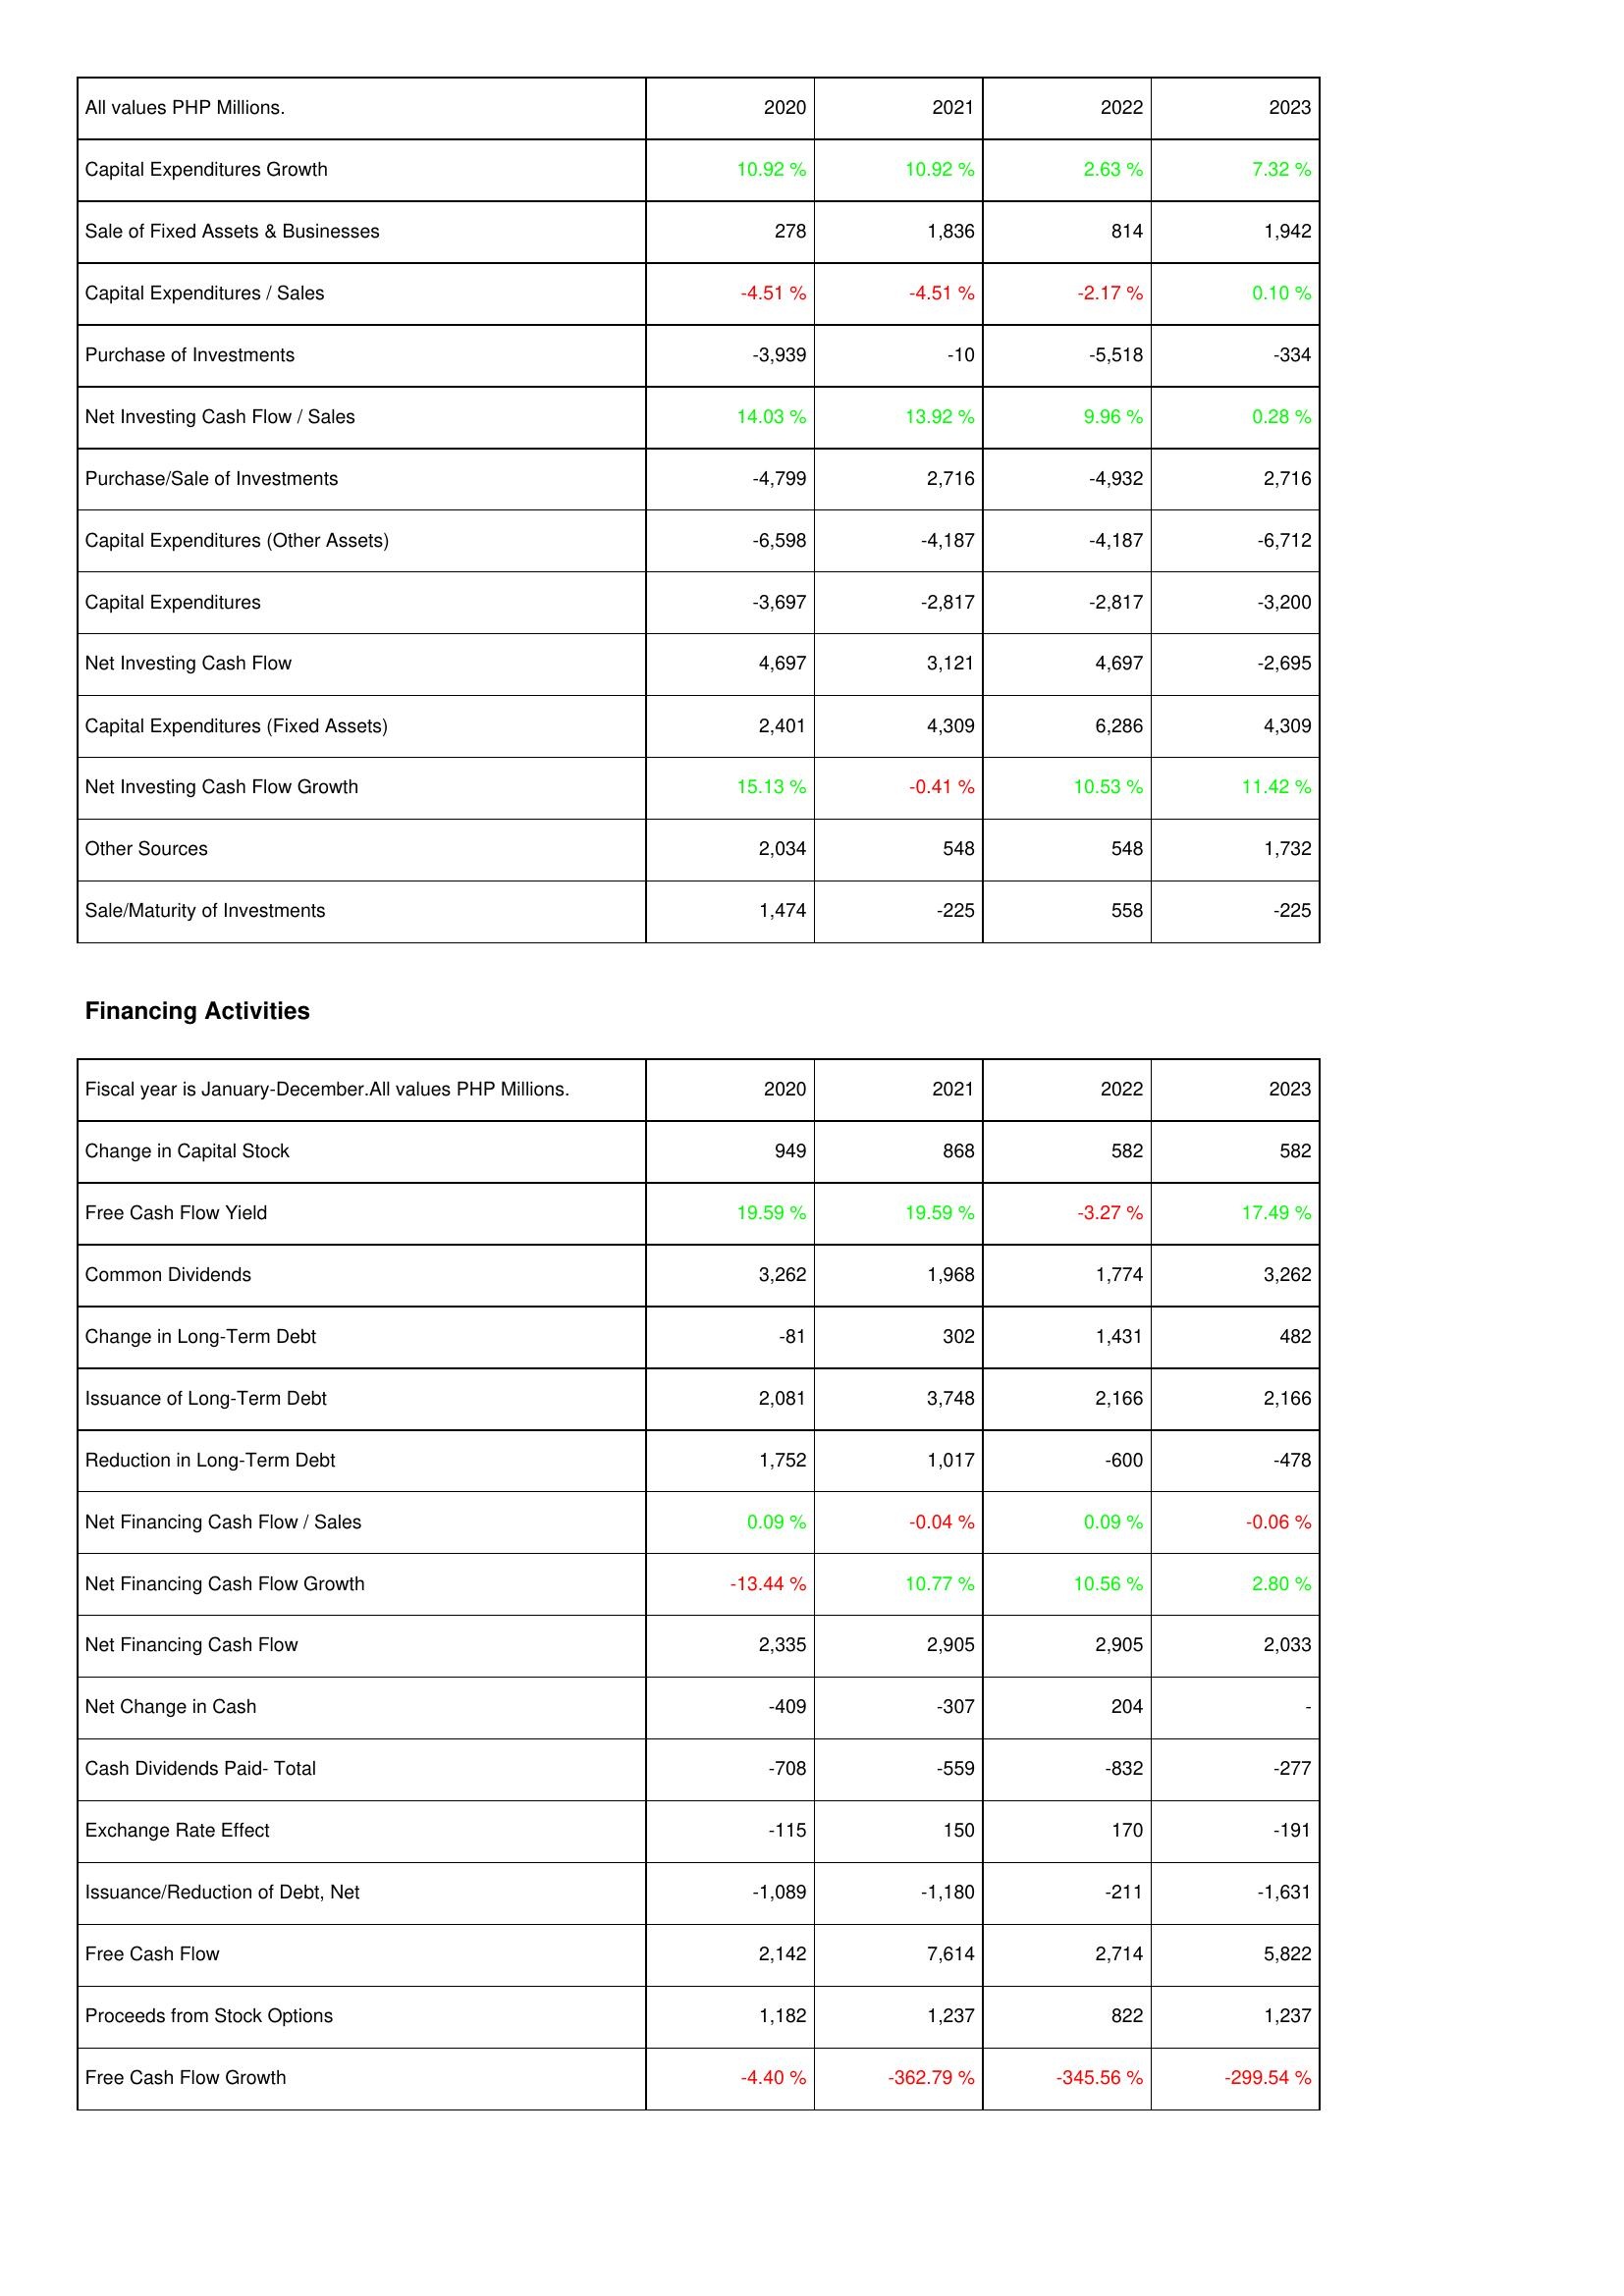
2020: Investing Activities: Capital Expenditures Growth: 10.92 %
Sale of Fixed Assets & Businesses: 278
Capital Expenditures / Sales: -4.51 %
Purchase of Investments: -3,939
Net Investing Cash Flow / Sales: 14.03 %
Purchase/Sale of Investments: -4,799
Capital Expenditures (Other Assets): -6,598
Capital Expenditures: -3,697
Net Investing Cash Flow: 4,697
Capital Expenditures (Fixed Assets): 2,401
Net Investing Cash Flow Growth: 15.13 %
Other Sources: 2,034
Sale/Maturity of Investments: 1,474
Financing Activities: Change in Capital Stock: 949
Free Cash Flow Yield: 19.59 %
Common Dividends: 3,262
Change in Long-Term Debt: -81
Issuance of Long-Term Debt: 2,081
Reduction in Long-Term Debt: 1,752
Net Financing Cash Flow / Sales: 0.09 %
Net Financing Cash Flow Growth: -13.44 %
Net Financing Cash Flow: 2,335
Net Change in Cash: -409
Cash Dividends Paid- Total: -708
Exchange Rate Effect: -115
Issuance/Reduction of Debt, Net: -1,089
Free Cash Flow: 2,142
Proceeds from Stock Options: 1,182
Free Cash Flow Growth: -4.40 %
2021: Investing Activities: Capital Expenditures Growth: 10.92 %
Sale of Fixed Assets & Businesses: 1,836
Capital Expenditures / Sales: -4.51 %
Purchase of Investments: -10
Net Investing Cash Flow / Sales: 13.92 %
Purchase/Sale of Investments: 2,716
Capital Expenditures (Other Assets): -4,187
Capital Expenditures: -2,817
Net Investing Cash Flow: 3,121
Capital Expenditures (Fixed Assets): 4,309
Net Investing Cash Flow Growth: -0.41 %
Other Sources: 548
Sale/Maturity of Investments: -225
Financing Activities: Change in Capital Stock: 868
Free Cash Flow Yield: 19.59 %
Common Dividends: 1,968
Change in Long-Term Debt: 302
Issuance of Long-Term Debt: 3,748
Reduction in Long-Term Debt: 1,017
Net Financing Cash Flow / Sales: -0.04 %
Net Financing Cash Flow Growth: 10.77 %
Net Financing Cash Flow: 2,905
Net Change in Cash: -307
Cash Dividends Paid- Total: -559
Exchange Rate Effect: 150
Issuance/Reduction of Debt, Net: -1,180
Free Cash Flow: 7,614
Proceeds from Stock Options: 1,237
Free Cash Flow Growth: -362.79 %
2022: Investing Activities: Capital Expenditures Growth: 2.63 %
Sale of Fixed Assets & Businesses: 814
Capital Expenditures / Sales: -2.17 %
Purchase of Investments: -5,518
Net Investing Cash Flow / Sales: 9.96 %
Purchase/Sale of Investments: -4,932
Capital Expenditures (Other Assets): -4,187
Capital Expenditures: -2,817
Net Investing Cash Flow: 4,697
Capital Expenditures (Fixed Assets): 6,286
Net Investing Cash Flow Growth: 10.53 %
Other Sources: 548
Sale/Maturity of Investments: 558
Financing Activities: Change in Capital Stock: 582
Free Cash Flow Yield: -3.27 %
Common Dividends: 1,774
Change in Long-Term Debt: 1,431
Issuance of Long-Term Debt: 2,166
Reduction in Long-Term Debt: -600
Net Financing Cash Flow / Sales: 0.09 %
Net Financing Cash Flow Growth: 10.56 %
Net Financing Cash Flow: 2,905
Net Change in Cash: 204
Cash Dividends Paid- Total: -832
Exchange Rate Effect: 170
Issuance/Reduction of Debt, Net: -211
Free Cash Flow: 2,714
Proceeds from Stock Options: 822
Free Cash Flow Growth: -345.56 %
2023: Investing Activities: Capital Expenditures Growth: 7.32 %
Sale of Fixed Assets & Businesses: 1,942
Capital Expenditures / Sales: 0.10 %
Purchase of Investments: -334
Net Investing Cash Flow / Sales: 0.28 %
Purchase/Sale of Investments: 2,716
Capital Expenditures (Other Assets): -6,712
Capital Expenditures: -3,200
Net Investing Cash Flow: -2,695
Capital Expenditures (Fixed Assets): 4,309
Net Investing Cash Flow Growth: 11.42 %
Other Sources: 1,732
Sale/Maturity of Investments: -225
Financing Activities: Change in Capital Stock: 582
Free Cash Flow Yield: 17.49 %
Common Dividends: 3,262
Change in Long-Term Debt: 482
Issuance of Long-Term Debt: 2,166
Reduction in Long-Term Debt: -478
Net Financing Cash Flow / Sales: -0.06 %
Net Financing Cash Flow Growth: 2.80 %
Net Financing Cash Flow: 2,033
Net Change in Cash: -
Cash Dividends Paid- Total: -277
Exchange Rate Effect: -191
Issuance/Reduction of Debt, Net: -1,631
Free Cash Flow: 5,822
Proceeds from Stock Options: 1,237
Free Cash Flow Growth: -299.54 %